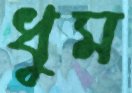
ধুম